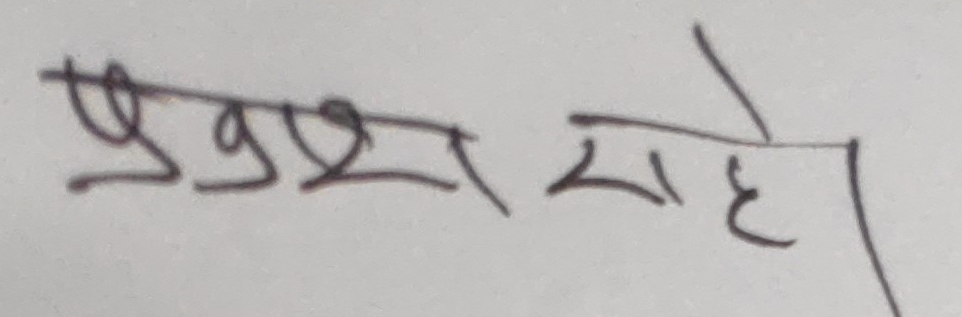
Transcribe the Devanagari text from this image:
प्रशस रहे।